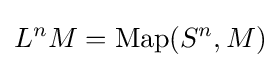
L^{n}M={\rm {Map}}(S^{n},M)